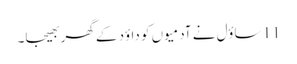
11 ساؤل نے آدمیوں کو داؤد کے گھر بھیجا۔